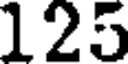
125